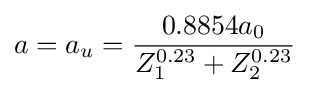
a=a_{u}={0.8854a_{0} \over Z_{1}^{0.23}+Z_{2}^{0.23}}